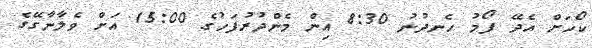
ކޯހަށް އެދޭ ފޯމު ހެނދުނު 8:30 އިން މެންދުރުފަހުގެ 15:00 އަށް ވެލާނާގޭގެ